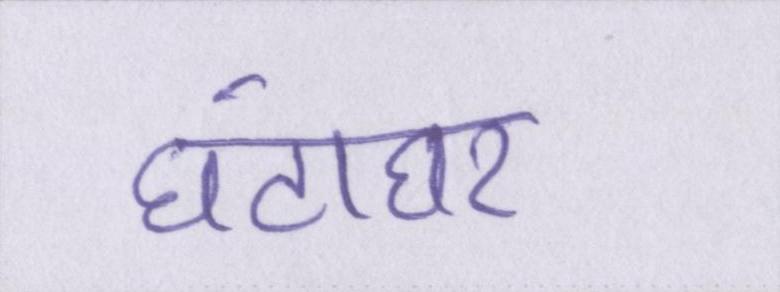
घंटाघर